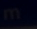
m